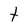
Character: t